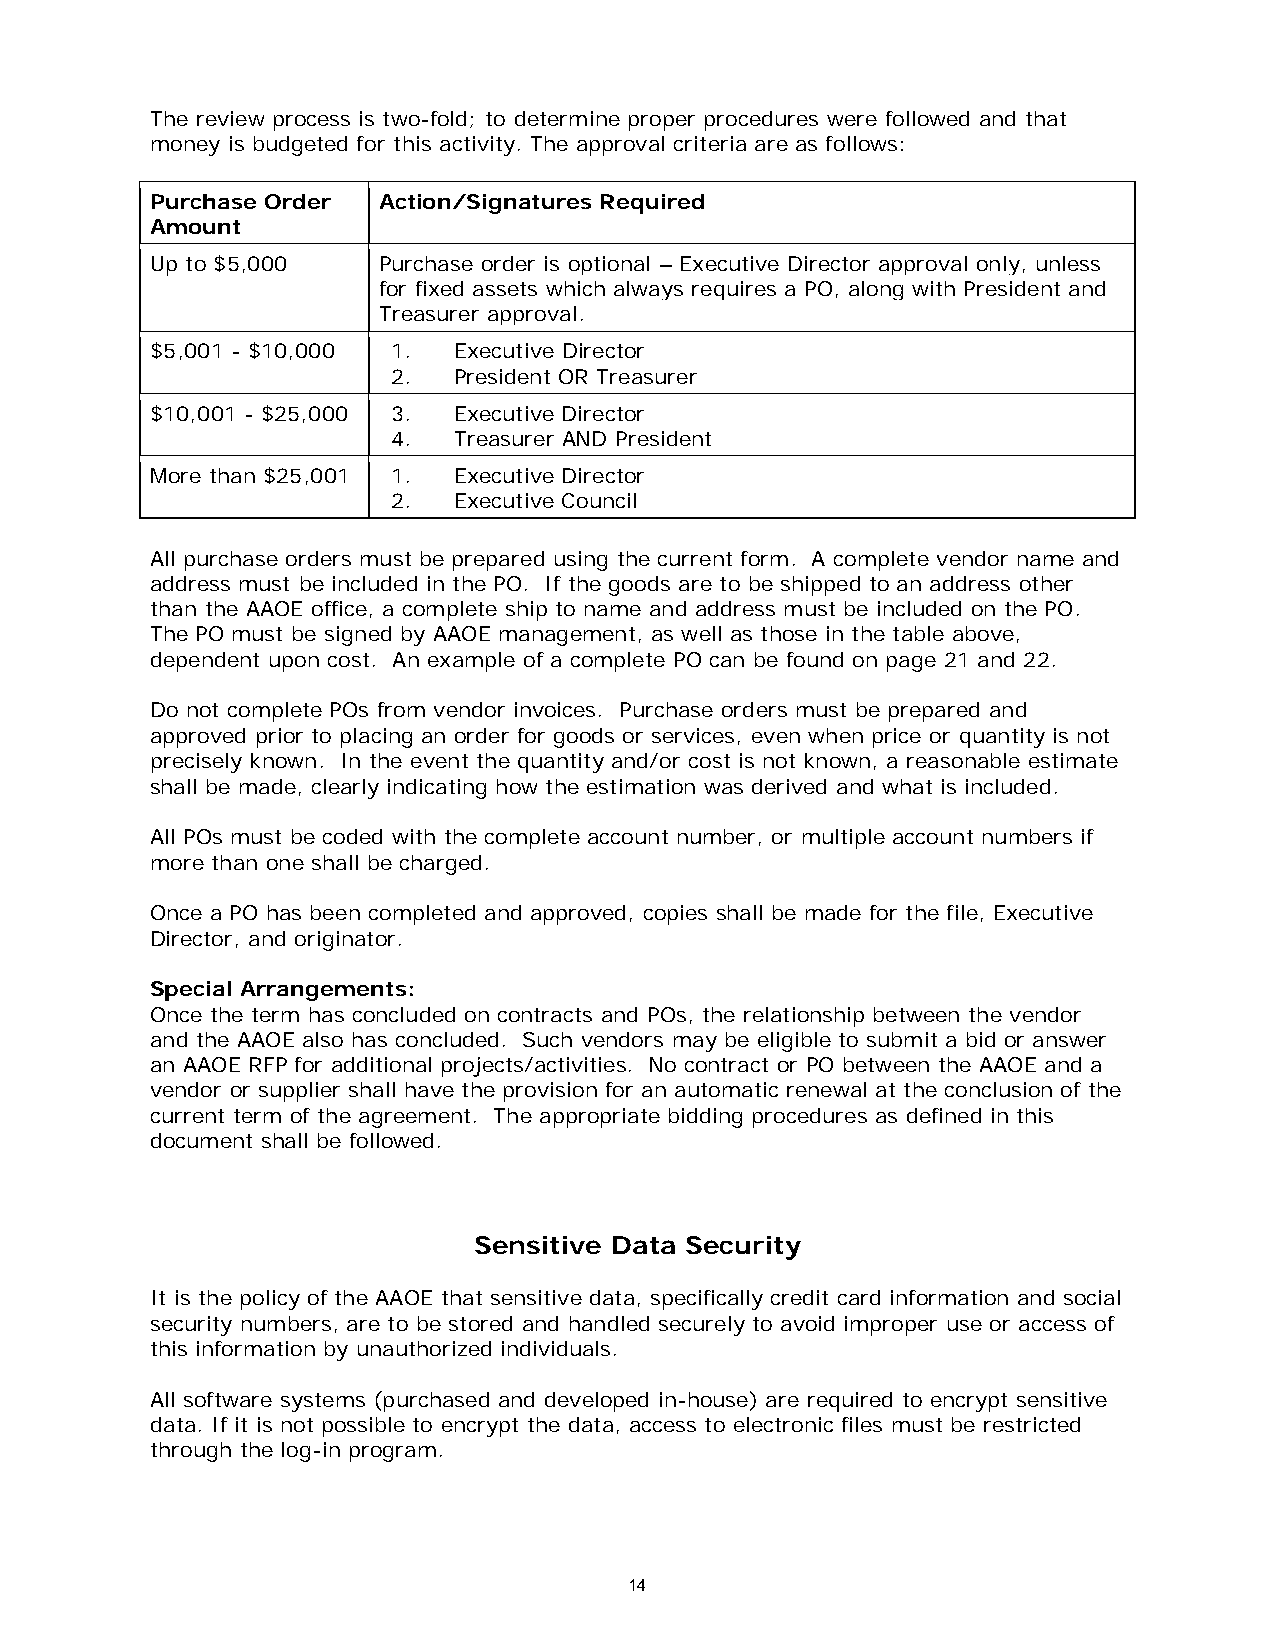
The review process is two-fold; to determine proper procedures were followed and that
 money is budgeted for this activity. The approval criteria are as follows:
 Purchase Order Action/Signatures Required
 Amount
 Up to $5,000   Purchase order is optional – Executive Director approval only, unless
 for fixed assets which always requires a PO, along with President and
 Treasurer approval.
 $5,001 - $10,000 1. Executive Director
 2.  President OR Treasurer
 $10,001 - $25,000 3. Executive Director
 4.  Treasurer AND President
 More than $25,001 1. Executive Director
 2.  Executive Council
 All purchase orders must be prepared using the current form. A complete vendor name and
 address must be included in the PO. If the goods are to be shipped to an address other
 than the AAOE office, a complete ship to name and address must be included on the PO.
 The PO must be signed by AAOE management, as well as those in the table above,
 dependent upon cost. An example of a complete PO can be found on page 21 and 22.
 Do not complete POs from vendor invoices. Purchase orders must be prepared and
 approved prior to placing an order for goods or services, even when price or quantity is not
 precisely known. In the event the quantity and/or cost is not known, a reasonable estimate
 shall be made, clearly indicating how the estimation was derived and what is included.
 All POs must be coded with the complete account number, or multiple account numbers if
 more than one shall be charged.
 Once a PO has been completed and approved, copies shall be made for the file, Executive
 Director, and originator.
 Special Arrangements:
 Once the term has concluded on contracts and POs, the relationship between the vendor
 and the AAOE also has concluded. Such vendors may be eligible to submit a bid or answer
 an AAOE RFP for additional projects/activities. No contract or PO between the AAOE and a
 vendor or supplier shall have the provision for an automatic renewal at the conclusion of the
 current term of the agreement. The appropriate bidding procedures as defined in this
 document shall be followed.
 Sensitive Data Security
 It is the policy of the AAOE that sensitive data, specifically credit card information and social
 security numbers, are to be stored and handled securely to avoid improper use or access of
 this information by unauthorized individuals.
 All software systems (purchased and developed in-house) are required to encrypt sensitive
 data. If it is not possible to encrypt the data, access to electronic files must be restricted
 through the log-in program.
 14